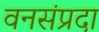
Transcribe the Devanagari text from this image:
वनसंप्रदा